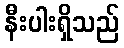
နီးပါးရှိသည်